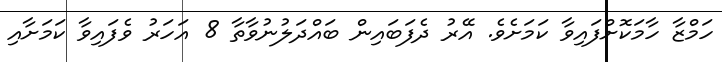
ހަމްޒާ ހާމަކޮށްފައިވާ ކަމަށެވެ. އޭރު ދެފަބައިން ބައްދަލުނުވާތާ 8 އަހަރު ވެފައިވާ ކަމަށާއި